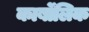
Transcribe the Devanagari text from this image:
कार्बोंलिक